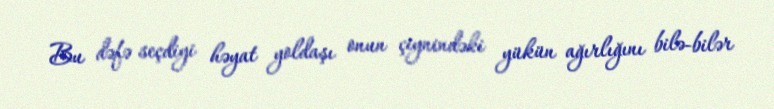
Bu dəfə seçdiyi həyat yoldaşı onun çiynindəki yükün ağırlığını bilə-bilər